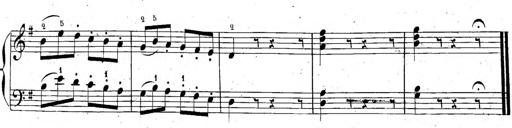
Title: 6 Sonatinen, Op.95
Composer: Ferdinand Hiller
Key: Various